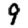
Digit: 9